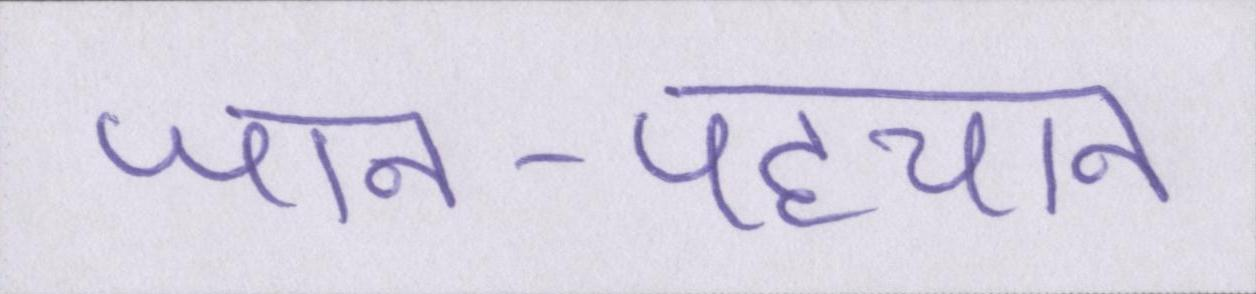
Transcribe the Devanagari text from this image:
जान-पहचान